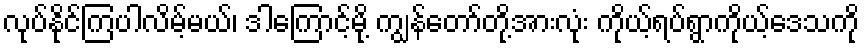
လုပ်နိုင်ကြပါလိမ့်မယ်၊ ဒါကြောင့်မို့ ကျွန်တော်တို့အားလုံး ကိုယ့်ရပ်ရွာကိုယ့်ဒေသကို